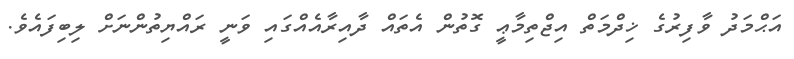
އަޙްމަދު ވާފިރުގެ ޚިދްމަތް އިޖްތިމާޢީ ގޮތުން އެތައް ދާއިރާއެއްގައި ވަނީ ރައްޔިތުންނަށް ލިބިފައެވެ.